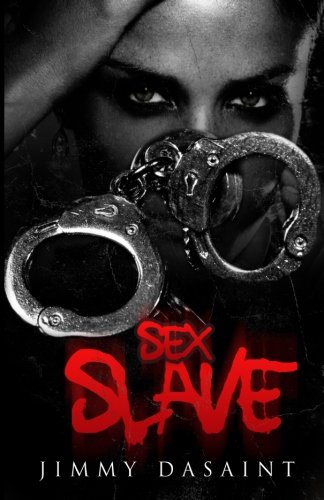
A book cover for Sex Slave; Jimmy DaSaint; Romance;